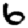
Digit: 6